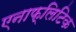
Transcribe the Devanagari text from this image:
एनाफ्लिटिक